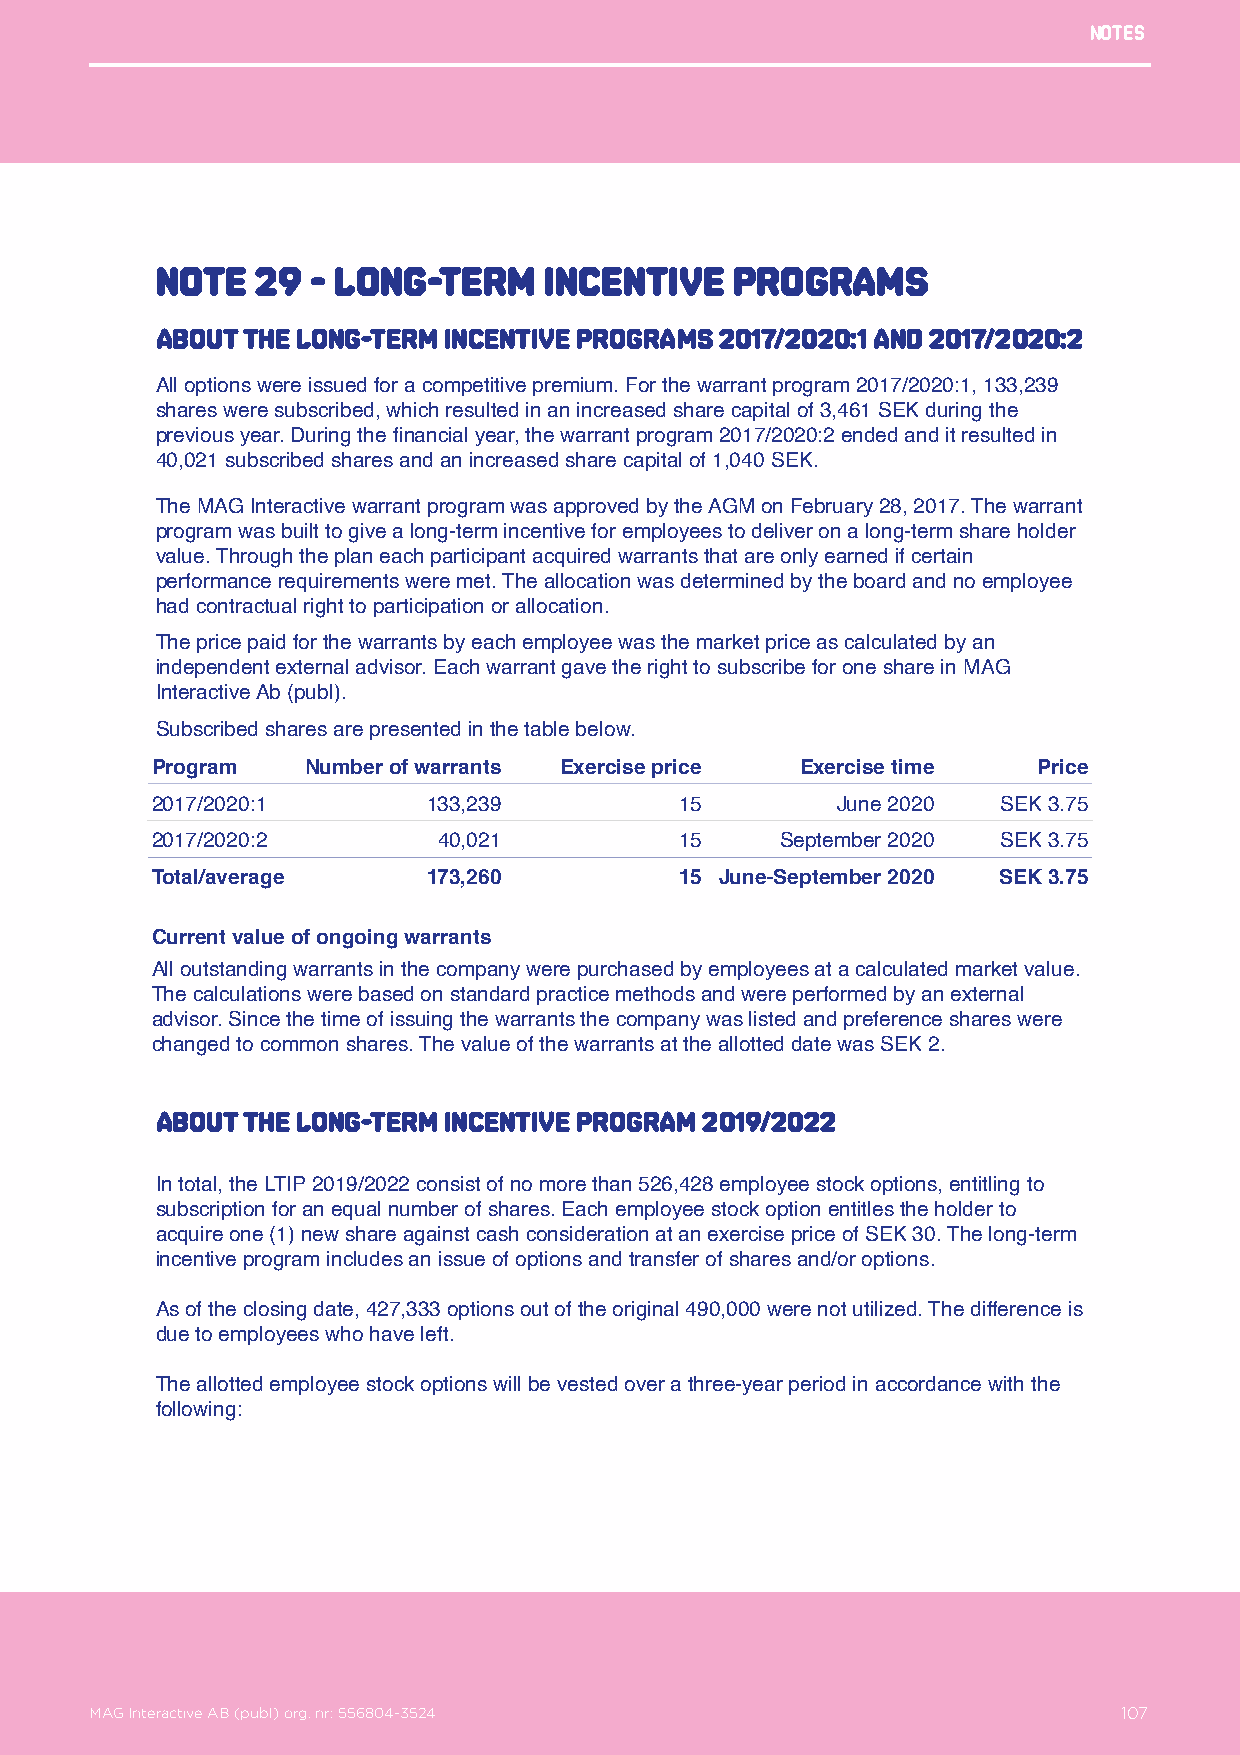
Notes
 Note   29  - Long-term    incentive    programs
 About the long-term incentive programs 2017/2020:1 and 2017/2020:2
 All options were issued for a competitive premium. For the warrant program 2017/2020:1, 133,239
 shares were subscribed, which resulted in an increased share capital of 3,461 SEK during the
 previous year. During the financial year, the warrant program 2017/2020:2 ended and it resulted in
 40,021 subscribed shares and an increased share capital of 1,040 SEK.
 The MAG Interactive warrant program was approved by the AGM on February 28, 2017. The warrant
 program was built to give a long-term incentive for employees to deliver on a long-term share holder
 value. Through the plan each participant acquired warrants that are only earned if certain
 performance requirements were met. The allocation was determined by the board and no employee
 had contractual right to participation or allocation.
 The price paid for the warrants by each employee was the market price as calculated by an
 independent external advisor. Each warrant gave the right to subscribe for one share in MAG
 Interactive Ab (publ).
 Subscribed shares are presented in the table below.
 Program   Number of warrants Exercise price Exercise time  Price
 2017/2020:1       133,239          15        June 2020  SEK 3.75
 2017/2020:2        40,021          15     September 2020 SEK 3.75
 Total/average     173,260          15 June-September 2020 SEK 3.75
 Current value of ongoing warrants
 All outstanding warrants in the company were purchased by employees at a calculated market value.
 The calculations were based on standard practice methods and were performed by an external
 advisor. Since the time of issuing the warrants the company was listed and preference shares were
 changed to common shares. The value of the warrants at the allotted date was SEK 2.
 About the long-term incentive program 2019/2022
 In total, the LTIP 2019/2022 consist of no more than 526,428 employee stock options, entitling to
 subscription for an equal number of shares. Each employee stock option entitles the holder to
 acquire one (1) new share against cash consideration at an exercise price of SEK 30. The long-term
 incentive program includes an issue of options and transfer of shares and/or options.
 As of the closing date, 427,333 options out of the original 490,000 were not utilized. The difference is
 due to employees who have left.
 The allotted employee stock options will be vested over a three-year period in accordance with the
 following:
 MAG Interactive AB (publ) org. nr: 556804-3524                  107
 MAG Interactive AB (publ) org. nr: 556804-3524                      107